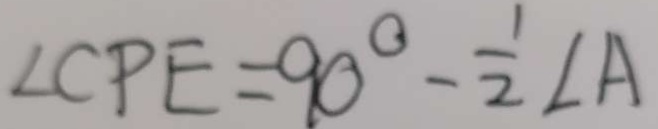
\angle C P E = 9 0 ^ { \circ } - \frac { 1 } { 2 } \angle A